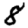
Digit: 8